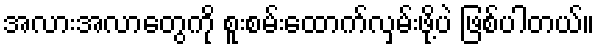
အလားအလာတွေကို စူးစမ်းထောက်လှမ်းဖို့ပဲ ဖြစ်ပါတယ်။